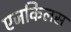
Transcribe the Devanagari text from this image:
एजकिलस